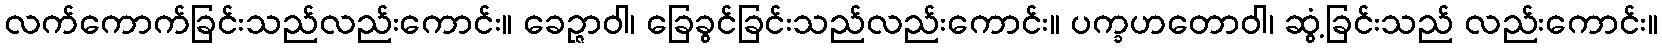
လက်ကောက်ခြင်းသည်လည်းကောင်း။ ခေဉ္ဇာဝါ၊ ခြေခွင်ခြင်းသည်လည်းကောင်း။ ပက္ခဟတောဝါ၊ ဆွံ့ခြင်းသည် လည်းကောင်း။